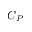
C _ { P }